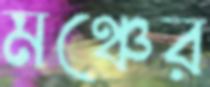
মঞ্চের